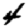
Digit: 4